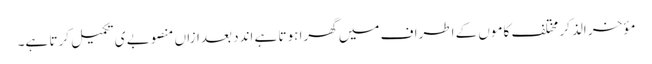
مؤخر الذکر مختلف کاموں کے اطراف میں گھرا ہوتا ہے اندد بعدازاں منصوبے ی تکمیل کرتا ہے۔